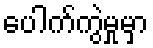
ပေါက်ကွဲမှုမှာ